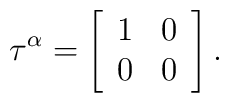
\tau^{\alpha} = \left[\begin{array}{cc} 1 & 0 \\ 0 & 0 \end{array}\right].